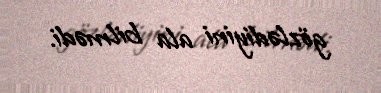
gözlədiyini ala bilmədi.